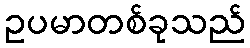
ဥပမာတစ်ခုသည်